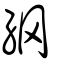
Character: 網